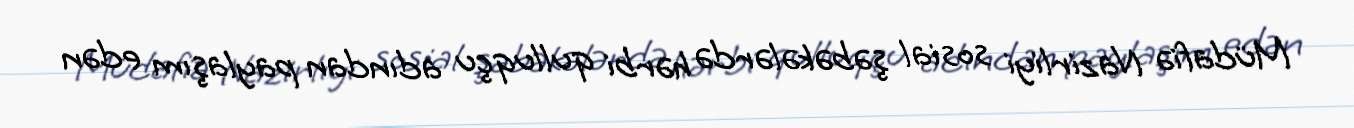
Müdafiə Nazirliyi sosial şəbəkələrdə hərbi qulluqçu adından paylaşım edən